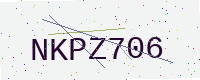
Text: NKPZ706